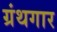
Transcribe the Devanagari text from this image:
ग्रंथगार